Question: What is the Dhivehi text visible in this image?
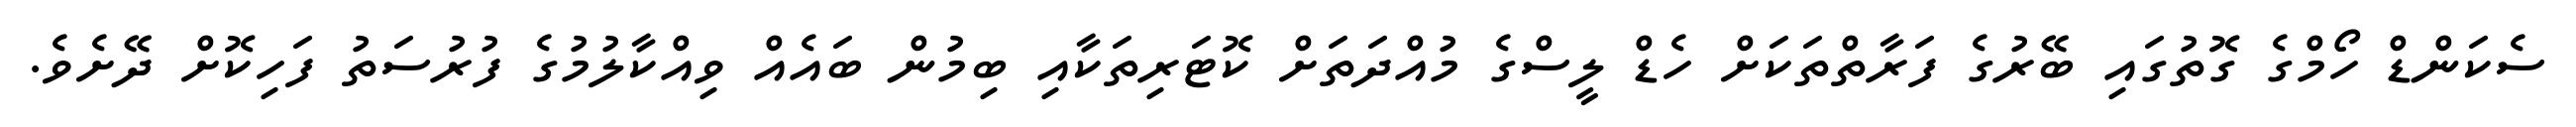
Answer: ސެކަންޑް ހޯމްގެ ގޮތުގައި ބޭރުގެ ފަރާތްތަކަށް ހެޑް ލީސްގެ މުއްދަތަށް ކޮޓަރިތަކާއި ބިމުން ބައެއް ވިއްކާލުމުގެ ފުރުސަތު ފަހިކޮށް ދޭށެވެ.